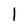
Character: l